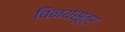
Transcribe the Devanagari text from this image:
विनयसूत्र